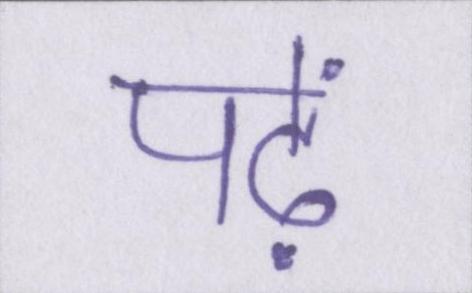
पढ़ें